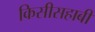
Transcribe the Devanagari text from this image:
किसीसहाबी